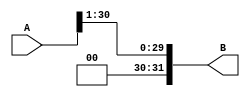
module arithmetic_right(
    input [31:0] A,
    output [31:0] B
    );
    genvar i;
    assign B[30]=0;
    generate for(i=0;i<31;i=i+1) begin
        assign B[i]=A[i+1];
    end
    endgenerate
    assign B[31]=A[31];
endmodule